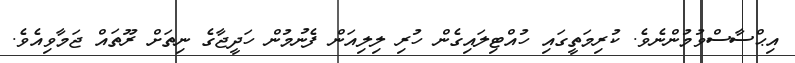
އިޙްސާސްވުމުންނެވެ. ކުރިމަތީގައި ހުއްޓިލައިގެން ހުރި ލިލިއަން ފެނުމުން ހަދީޖާގެ ނިތަށް ރޫތައް ޖަމާވިއެވެ.